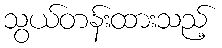
သွယ်တန်းထားသည့်